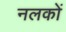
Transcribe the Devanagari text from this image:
नलकों